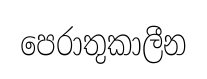
පෙරාතුකාලීන